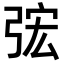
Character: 𭚴